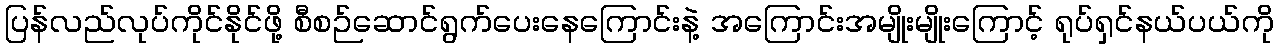
ပြန်လည်လုပ်ကိုင်နိုင်ဖို့ စီစဉ်ဆောင်ရွက်ပေးနေကြောင်းနဲ့ အကြောင်းအမျိုးမျိုးကြောင့် ရုပ်ရှင်နယ်ပယ်ကို